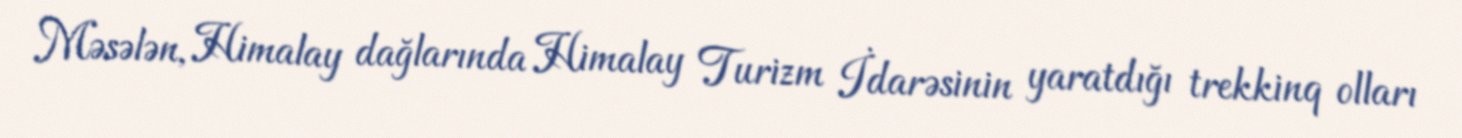
Məsələn, Himalay dağlarında Himalay Turizm İdarəsinin yaratdığı trekkinq olları